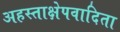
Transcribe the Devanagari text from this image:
अहस्ताक्षेपवादिता